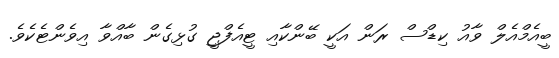
ބީއެމްއެލް ވާއު ކިޑްސް ރަން އަކީ ބޭންކާއި ޓީއެފްޖީ ގުޅިގެން ބާއްވާ އިވެންޓެކެވެ.